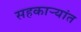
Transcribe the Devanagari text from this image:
सहकार्‍यांत